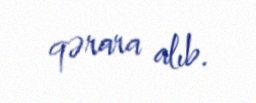
qərara alıb.